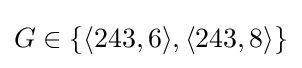
G\in \{\langle 243,6\rangle ,\langle 243,8\rangle \}